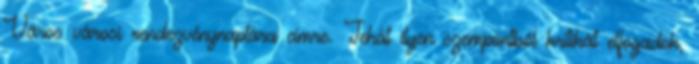
Város városi rendezvénynaptára címre. Tehát ilyen szempontból kritikát elfogadok,